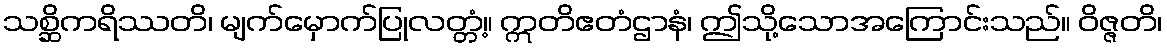
သစ္ဆိကရိဿတိ၊ မျက်မှောက်ပြုလတ္တံ့။ ဣတိဧတံဌာနံ၊ ဤသို့သောအကြောင်းသည်။ ဝိဇ္ဇတိ၊